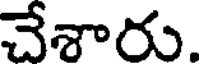
చేశారు.